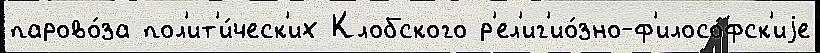
парово́за пол'ит'и́ческ'их Клобского р'ел'иг'ио́зно-ф'илосо́фск'иjе